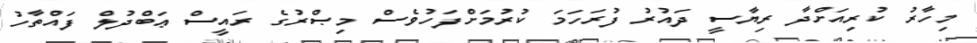
މިހާރު ކުރިއަށްދާ ރިޔާސީ ދައުރު ފުރަހަމަ ކުރުމަށްފަހުވެސް މިޞްރުގެ ރައީސް ޢަބްދުލް ފައްތާހު